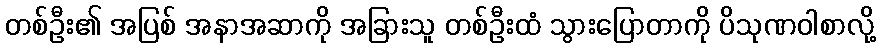
တစ်ဦး၏ အပြစ် အနာအဆာကို အခြားသူ တစ်ဦးထံ သွားပြောတာကို ပိသုဏဝါစာလို့